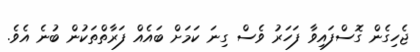
ޖެހިގެން ގޮސްފައިވާ ފަހަރު ވެސް ގިނަ ކަމަށް ބައެއް ފަރާތްތަކުން ބުނެ އެވެ.